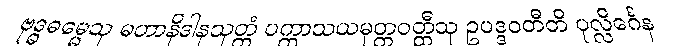
ဗုဒ္ဓဓမ္မေသု မဟာနိဒါနသုတ္တံ ပက္ကာသယမုတ္တဝတ္ထီသု ဥပဒ္ဒဝတီတိ ပုလ္လိင်္ဂေန